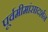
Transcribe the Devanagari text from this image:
पूर्वमीमांसादर्शन